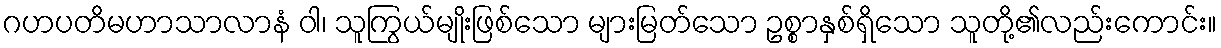
ဂဟပတိမဟာသာလာနံ ဝါ၊ သူကြွယ်မျိုးဖြစ်သော များမြတ်သော ဥစ္စာနှစ်ရှိသော သူတို့၏လည်းကောင်း။